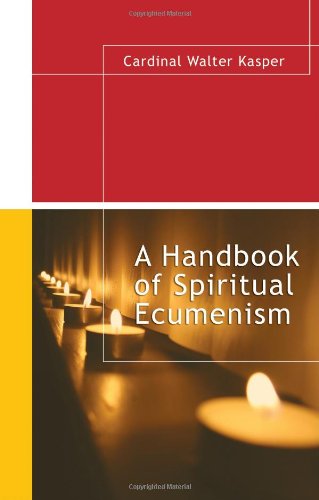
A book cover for A Handbook of Spiritual Ecumenism; Cardinal Walter Kasper; Christian Books & Bibles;